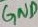
Text: GND